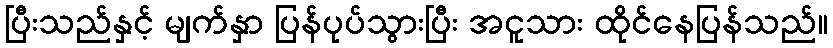
ပြီးသည်နှင့် မျက်နှာ ပြန်ပုပ်သွားပြီး အငူသား ထိုင်နေပြန်သည်။